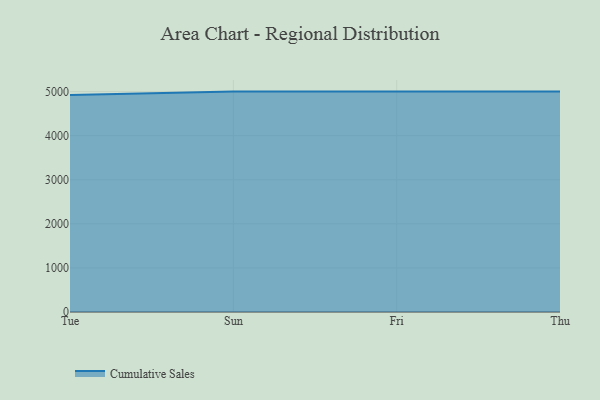
{"axis": {"x": "Day", "y": "LTV (USD)"}, "legend": ["Cumulative Sales"], "data": [{"x": "Tue", "y": 4923.9, "type": "Cumulative Sales"}, {"x": "Sun", "y": 5000, "type": "Cumulative Sales"}, {"x": "Fri", "y": 5000, "type": "Cumulative Sales"}, {"x": "Thu", "y": 5000, "type": "Cumulative Sales"}]}